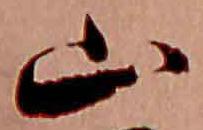
山